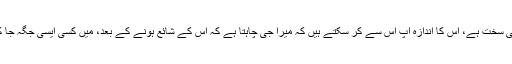
'تعبیر کی غلطی‘ کے پہلے صفحے پر لکھا ہے: ''اس کتاب کی اشاعت میرے اوپر کتنی سخت ہے، اس کا اندازہ آپ اس سے کر سکتے ہیں کہ میرا جی چاہتا ہے کہ اس کے شائع ہونے کے بعد، میں کسی ایسی جگہ جا کر چھپ جاؤں جہاں کوئی شخص مجھے نہ دیکھے، اور پھر اسی حال میں مر جاؤں‘‘۔